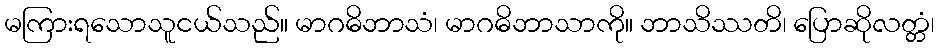
မကြားရသောသူငယ်သည်။ မာဂဓိဘာသံ၊ မာဂဓိဘာသာကို။ ဘာသိဿတိ၊ ပြောဆိုလတ္တံ၊